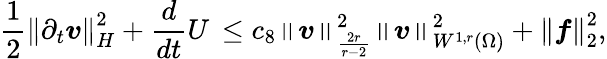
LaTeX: \frac{1}{2}\left\lVert\partial_{t}\boldsymbol{v}\right\rVert_{H}^{2}+\frac{d}{dt}U\, \leq c_{8}\left\lVert\boldsymbol{v}\right\rVert_{\frac{2r}{r-2}}^{2}\left\lVert\boldsymbol{v}\right\rVert_{W^{1,r}(\Omega)}^{2}+\left\lVert\boldsymbol{f}\right\rVert_{2}^{2},